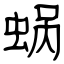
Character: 蜗